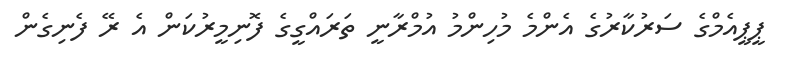
ޕީޕީއެމްގެ ސަރުކާރުގެ އެންމެ މުހިންމު އުމްރާނީ ތަރައްގީގެ ފޮނިމީރުކަން އެ ރޭ ފެނިގެން